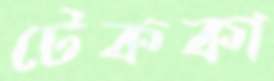
টেককা